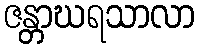
ဇန္တာဃရသာလာ